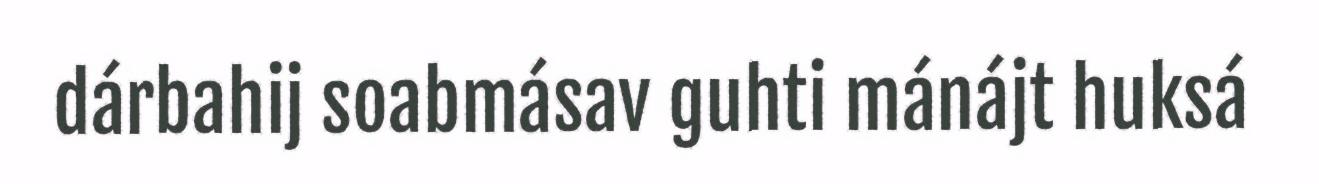
dárbahij soabmásav guhti mánájt huksá